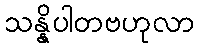
သန္နိပါတဗဟုလာ